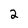
Character: 2